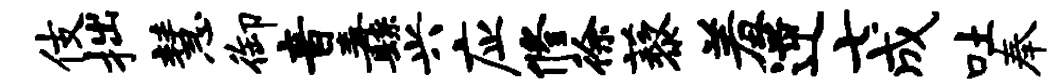
伎拙慧御音纛兴应修徐藜羞逆七成吐奉